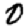
Digit: 0